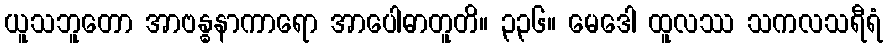
ယူသဘူတော အာဗန္ဓနာကာရော အာပေါဓာတူတိ။ ၃၃၆။ မေဒေါ ထူလဿ သကလသရီရံ